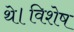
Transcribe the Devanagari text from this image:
थे।विशेष